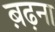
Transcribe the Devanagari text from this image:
ब़ढ़ना